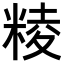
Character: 𥺙